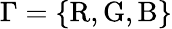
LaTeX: \Gamma=\{ \mathrm{R,G,B}\}